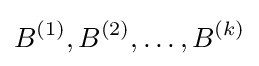
B^{(1)},B^{(2)},\ldots ,B^{(k)}